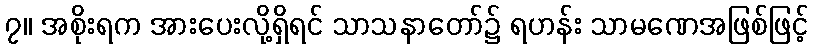
၇။ အစိုးရက အားပေးလို့ရှိရင် သာသနာတော်၌ ရဟန်း သာမဏေအဖြစ်ဖြင့်